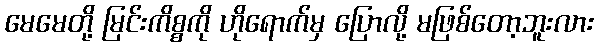
မေမေတို့ မြင်းကိစ္စကို ဟိုရောက်မှ ပြောလို့ မဖြစ်တော့ဘူးလား